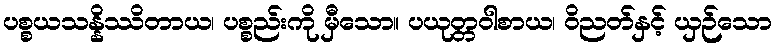
ပစ္စယသန္နိဿိတာယ၊ ပစ္စည်းကို မှီသော။ ပယုတ္တဝါစာယ၊ ဝိညတ်နှင့် ယှဉ်သော